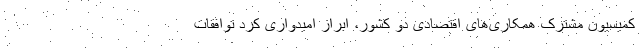
کمیسیون مشترک همکاری‌های اقتصادی دو کشور، ابراز امیدواری کرد توافقات